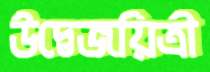
উদ্বেজয়িত্রী